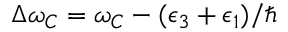
\Delta \omega _ { C } = \omega _ { C } - ( \epsilon _ { 3 } + \epsilon _ { 1 } ) / \hbar